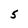
Character: 5